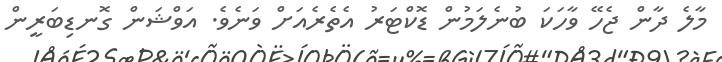
މާލެ ދާން ޖެހޭ ވާހަކަ ބުނެލަމުން ޑޮކްޓަރު އެތެރެއަށް ވަނެވެ. އަވްޝަން ގޮނޑިބަރީން